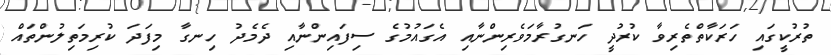
ތުރުކީގައި ހަރަކާތްތެރިވާ ކުރުދީ ހަނގުރާމަވެރިންނާއި އެގައުމުގެ ސިފައިންނާއި ދެމެދު ހިނގާ މިފަދަ ކުރިމަތިލުންތައް